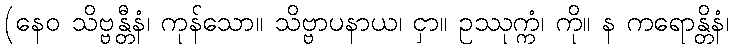
(နေဝ သိဗ္ဗန္တီနံ၊ ကုန်သော။ သိဗ္ဗာပနာယ၊ ငှာ။ ဥဿုက္ကံ၊ ကို။ န ကရောန္တိနံ၊